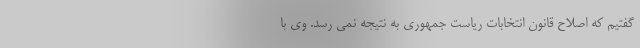
گفتیم که اصلاح قانون انتخابات ریاست جمهوری به نتیجه نمی رسد. وی با